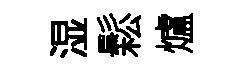
湿鬆爐